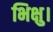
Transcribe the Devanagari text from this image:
भिक्षु।